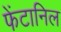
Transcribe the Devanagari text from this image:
फेंटानिल